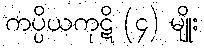
ကပ္ပိယကုဋိ (၄) မျိုး